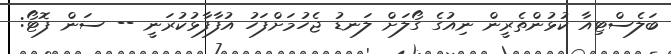
ބަލެސްޓިއާ ކުޅުންތެރީން ނިއުގެ ގޯލަށް ލަނޑު ޖެހުމަށްފަހު އުފާފާޅުކުރަނީ -- ސަން ފޮޓޯ: